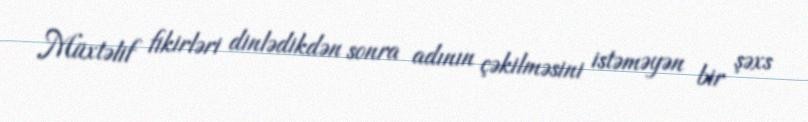
Müxtəlif fikirləri dinlədikdən sonra adının çəkilməsini istəməyən bir şəxs